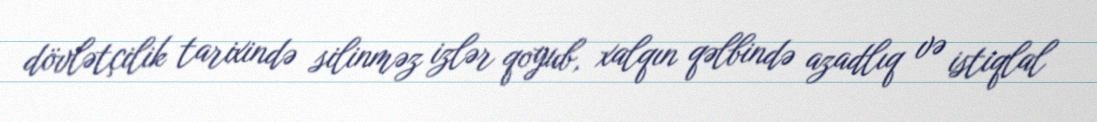
dövlətçilik tarixində silinməz izlər qoyub, xalqın qəlbində azadlıq və istiqlal